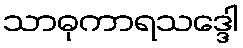
သာဓုကာရသဒ္ဒေါ